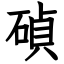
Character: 碵